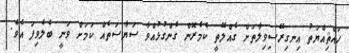
ހައްޘިއްޔަތު އިނގިރޭސިވިލާތަށް ގެއްލޭތީ ކެމެރޮން ގެންގުޅުއްވާ ސަޔާސަތެއް ކަމަށް ވަނީ ބެލެވިފަ އެވެ.